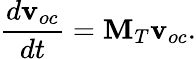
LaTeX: \frac{d\mathbf{v}_{oc}}{dt}=\mathbf{M}_{T}\mathbf{v}_{oc}.